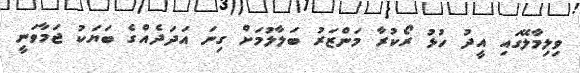
ވިލިމާލޭގައި އީދު ހުޅު ރޯކުރާ މަންޒަރު ބަލާލުމަށް ގިނަ އަދަދެއްގެ ބަޔަކު ޖަމާވަނީ